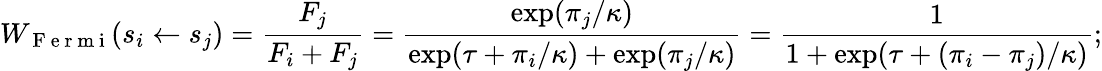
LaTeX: W_{\mathrm{~F~e~r~m~i~}}(s_{i}\gets s_{j})=\frac{F_{j}}{F_{i}+F_{j}}=\frac{\exp(\pi_{j}/\kappa)}{\exp(\tau+\pi_{i}/\kappa)+\exp(\pi_{j}/\kappa)}=\frac{1}{1+\exp(\tau+(\pi_{i}-\pi_{j})/\kappa)};